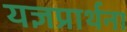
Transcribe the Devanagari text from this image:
यज्ञप्रार्थना